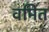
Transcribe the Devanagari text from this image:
वमित